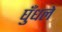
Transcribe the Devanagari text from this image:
घुँधले